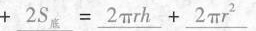
+\underline{2S_{底}}=\underline{2\pi \gamma \hbar }+\underline{2\pi\gamma ^{2}}